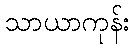
သာယာကုန်း